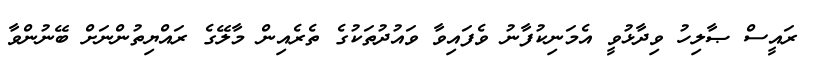
ރައީސް ޞާލިހު ވިދާޅުވީ އެމަނިކުފާނު ވެފައިވާ ވައުދުތަކުގެ ތެރެއިން މާލޭގެ ރައްޔިތުންނަށް ބޭނުންވާ